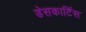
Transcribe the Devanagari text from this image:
डेसकार्टिस